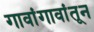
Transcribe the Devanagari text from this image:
गावांगावांतून